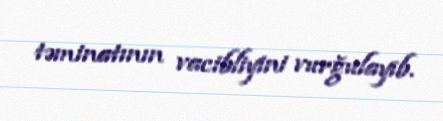
təminatının vacibliyini vurğulayıb.